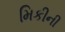
મિકીની